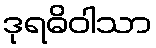
ဒုရဓိဝါသာ